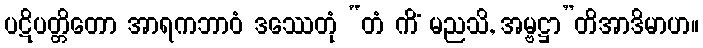
ပဋိပတ္တိတော အာရကဘာဝံ ဒဿေတုံ “တံ ကိံ မညသိ, အမ္ဗဋ္ဌာ”တိအာဒိမာဟ။